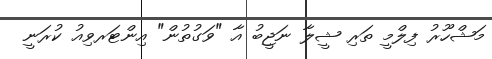
މަޝްހޫރު ފިލްމީ ތަރި ޝީލާ ނަޖީބު އާ "ވަގުތުން" އިންޓަރވިއު ކުރަނީ